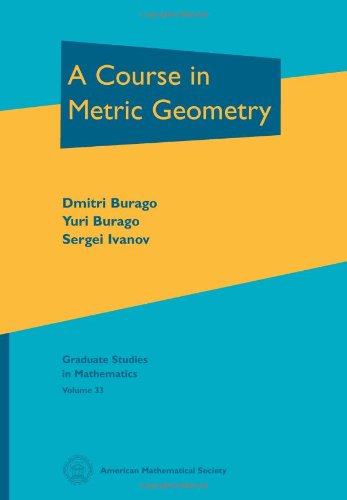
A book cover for A Course in Metric Geometry; Dmitri Burago; Science & Math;